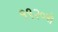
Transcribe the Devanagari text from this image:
१९२०से